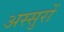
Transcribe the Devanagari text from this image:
अस्सुरों